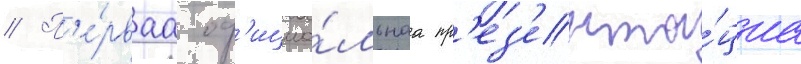
// П'е́рваа оф'ициа́льнаа пр'ез'ента́циа